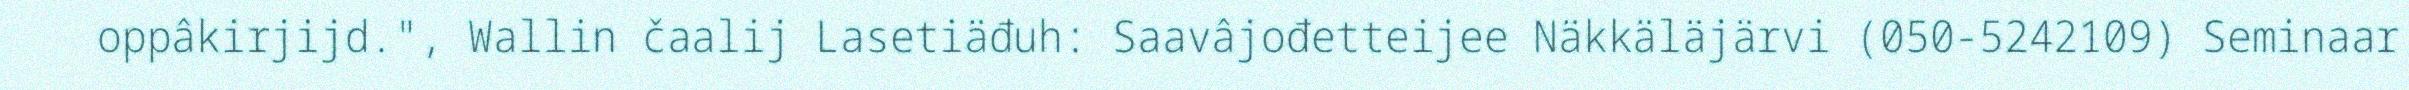
oppâkirjijd.", Wallin čaalij Lasetiäđuh: Saavâjođetteijee Näkkäläjärvi (050-5242109) Seminaar